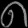
Digit: ၈